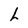
Character: L